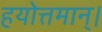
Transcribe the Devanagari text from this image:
हयोत्तमान्।